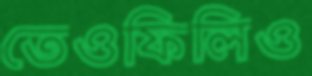
তেওফিলিও